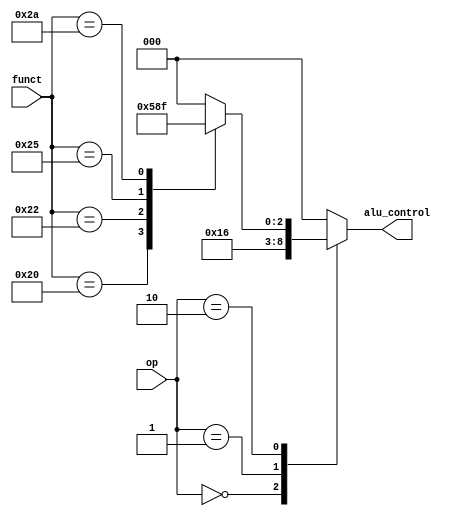
`timescale 1ns / 1ps
//////////////////////////////////////////////////////////////////////////////////
// Company: 
// Engineer: 
// 
// Design Name: 
// Module Name: alu_decoder
// Project Name: 
// Target Devices: 
// Tool Versions: 
// Description: 
// 
// Dependencies: 
// 
// Revision:
// Revision 0.01 - File Created
// Additional Comments:
// 
//////////////////////////////////////////////////////////////////////////////////


module alu_decoder(
	input [5:0] funct,
	input [1:0] op,
	output [2:0] alu_control
	);

	reg [2:0] alu_control_reg;
	assign alu_control = alu_control_reg;

	always @(*) begin
		case(op)
			2'b00: begin
				alu_control_reg <= 3'b010; //lw / sw
			end 
			2'b01: begin
				alu_control_reg <= 3'b110; //beq
			end
			2'b10: begin
				case(funct)
					6'b100000: begin
						alu_control_reg <= 3'b010; //add
					end
					6'b100010: begin
						alu_control_reg <= 3'b110; //sub
					end
					6'b100100: begin
						alu_control_reg <= 3'b000;
					end
					6'b100101: begin
						alu_control_reg <= 3'b001;
					end
					6'b101010: begin
						alu_control_reg <= 3'b111;
					end
					default: begin
						alu_control_reg <= 3'b000;
					end
				endcase
			end
			default: begin
				alu_control_reg <= 3'b000;
			end
		endcase
	end

endmodule